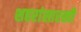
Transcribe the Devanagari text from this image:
शहरांसारखी